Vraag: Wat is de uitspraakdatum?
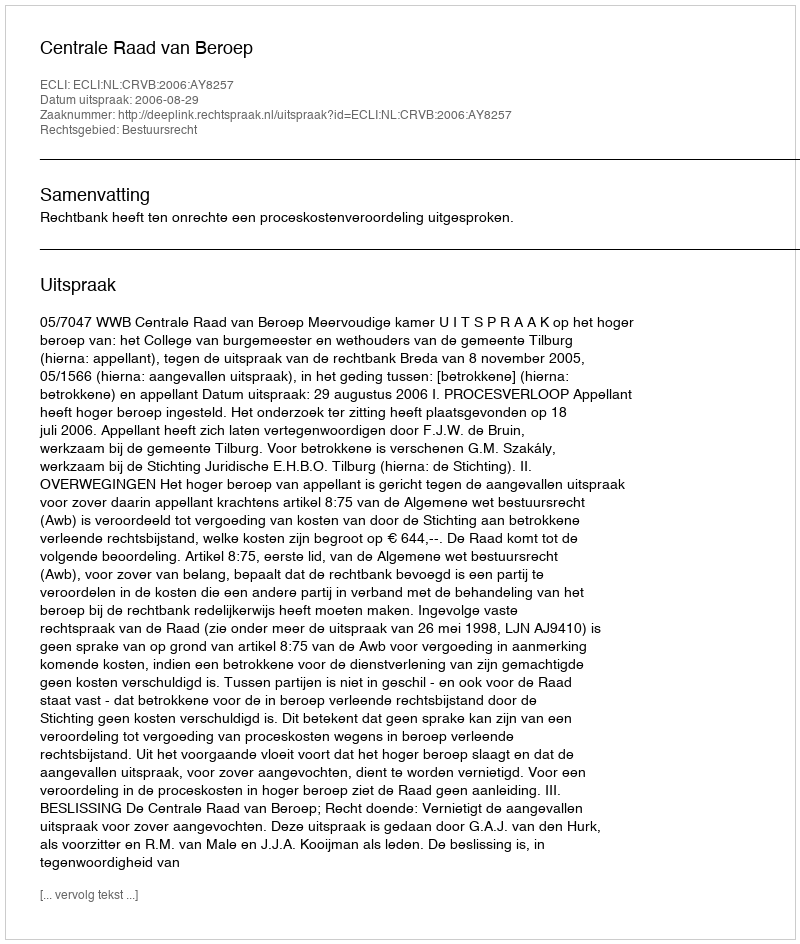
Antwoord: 2006-08-29